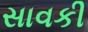
સાવકી